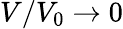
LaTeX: V/V_{0}\rightarrow 0